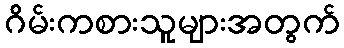
ဂိမ်းကစားသူများအတွက်